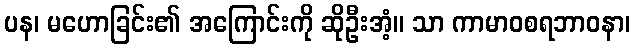
ပန၊ မဟောခြင်း၏ အကြောင်းကို ဆိုဦးအံ့။ သာ ကာမာဝစရဘာဝနာ၊